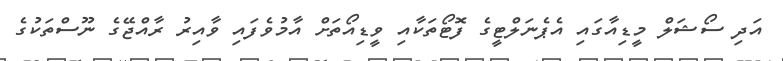
އަދި ސޯޝަލް މީޑިއާގައި އެޕެނަލްޓީގެ ފޮޓޯތަކާއި ވީޑިއޯތަށް އާމުވެފައި ވާއިރު ރާއްޖޭގެ ނޫސްތަކުގެ